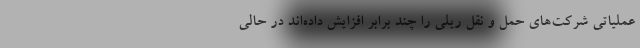
عملیاتی شرکت‌های حمل و نقل ریلی را چند برابر افزایش داده‌اند در حالی